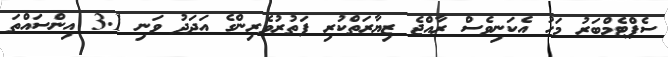
ސެޕްޓެމްބަރު މަހު އެކަނިވެސް ރާއްޖެ ޒިޔާރަތްކުރި ފަތުރުވެރިންގެ އަދަދު ވަނި 3.1 އިންސައްތަ